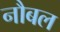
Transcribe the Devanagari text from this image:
नौबल